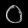
Digit: ၀